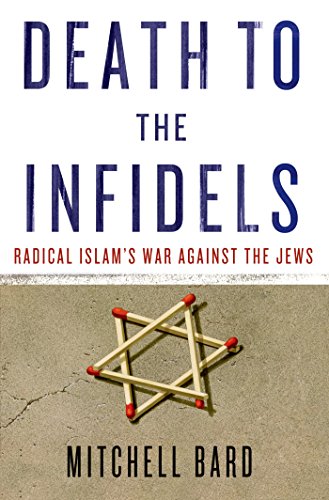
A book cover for Death to the Infidels: Radical Islam's War Against the Jews; Mitchell G. Bard; Religion & Spirituality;